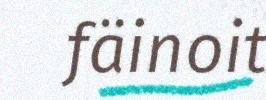
fäinoit